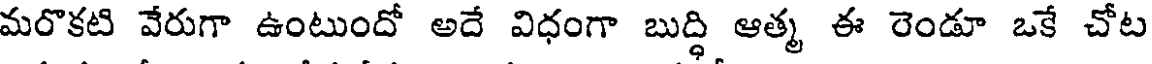
మరొకటి వేరుగా ఉంటుందో అదే విధంగా బుద్ధి ఆత్మ ఈ రెండూ ఒకే చోట